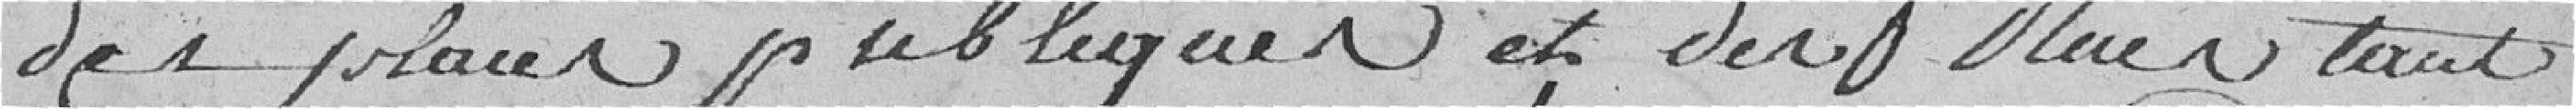
des places publiques et des rues tant